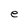
Character: e